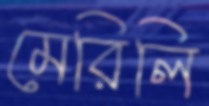
মেরিলি